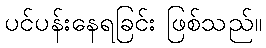
ပင်ပန်းနေရခြင်း ဖြစ်သည်။